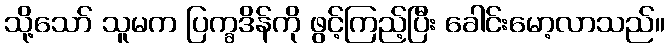
သို့သော် သူမက ပြက္ခဒိန်ကို ဖွင့်ကြည့်ပြီး ခေါင်းမော့လာသည်။